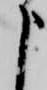
申